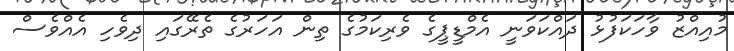
މުއިއްޒު ވާހަކަފުޅު ދައްކަވަނީ އެމްޑީޕީގެ ވެރިކަމުގެ ތިން އަހަރުގެ ތެރޭގައި ދިވެހި އެއްވެސް